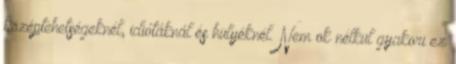
középtehetségeknél, idiótáknál és hülyéknél. Nem ok nélkül gyakori ez